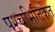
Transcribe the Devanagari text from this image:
पश्चभित्तिकेत